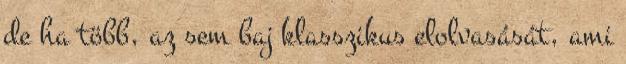
de ha több, az sem baj klasszikus elolvasását, ami